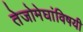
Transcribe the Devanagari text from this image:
तेजोमेघांविषयी